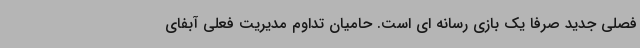
فصلی جدید صرفا یک بازی رسانه ای است. حامیان تداوم مدیریت فعلی آبفای